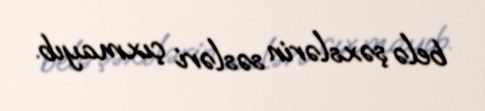
belə şəxslərin səsləri çıxmayıb.